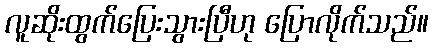
လူဆိုးထွက်ပြေးသွားပြီဟု ပြောလိုက်သည်။